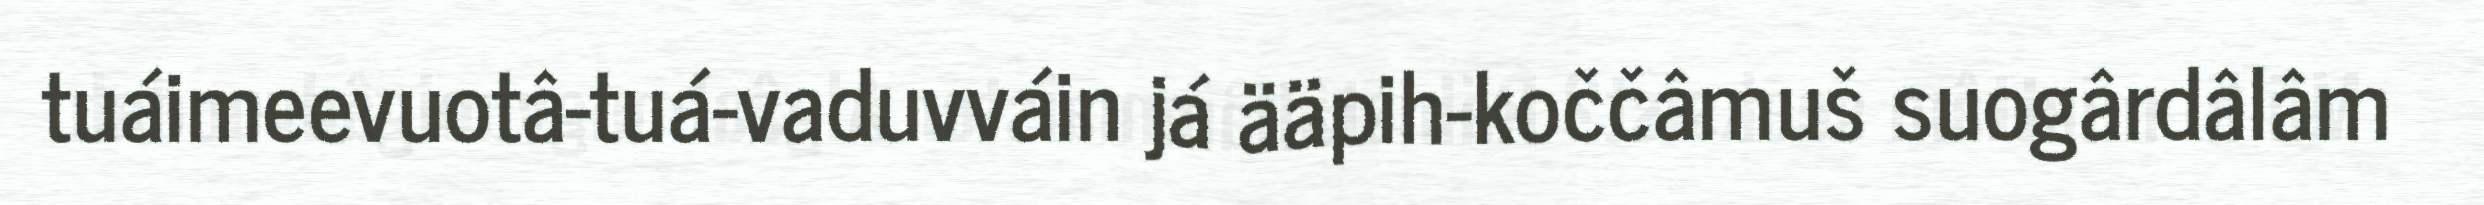
tuáimeevuotâ-tuá-vaduvváin já ääpih-koččâmuš suogârdâlâm